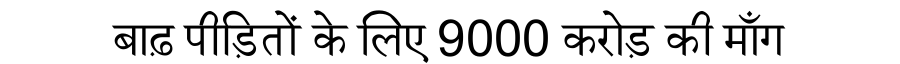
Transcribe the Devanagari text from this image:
बाढ़ पीड़ितों के लिए 9000 करोड़ की माँग